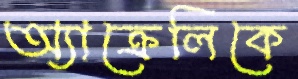
অ্যাক্রেলিকে